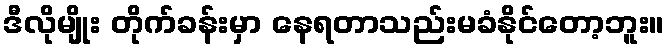
ဒီလိုမျိုး တိုက်ခန်းမှာ နေရတာသည်းမခံနိုင်တော့ဘူး။